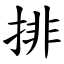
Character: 排